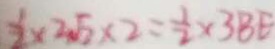
\frac { 1 } { 2 } \times 2 \sqrt { 2 } \times 2 = \frac { 1 } { 2 } \times 3 B E